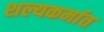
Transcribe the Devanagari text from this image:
शल्यकर्मात